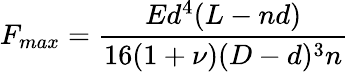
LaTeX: F_{max}={\frac{Ed^{4}(L-nd)}{16(1+\nu)(D-d)^{3}n}}